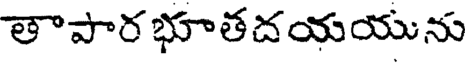
తాపార భూతదయయును